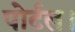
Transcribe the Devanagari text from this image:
पोर्टल।